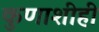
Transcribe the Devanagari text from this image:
कुणाशीही